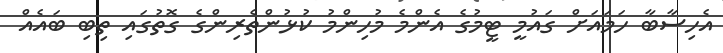
އެހިސާބާ ހަމައަށް ގައުމީ ޓީމުގެ އެންމެ މުހިންމު ކުޅުންތެރިންގެ ގޮތުގައި ތިބި ބައެއް